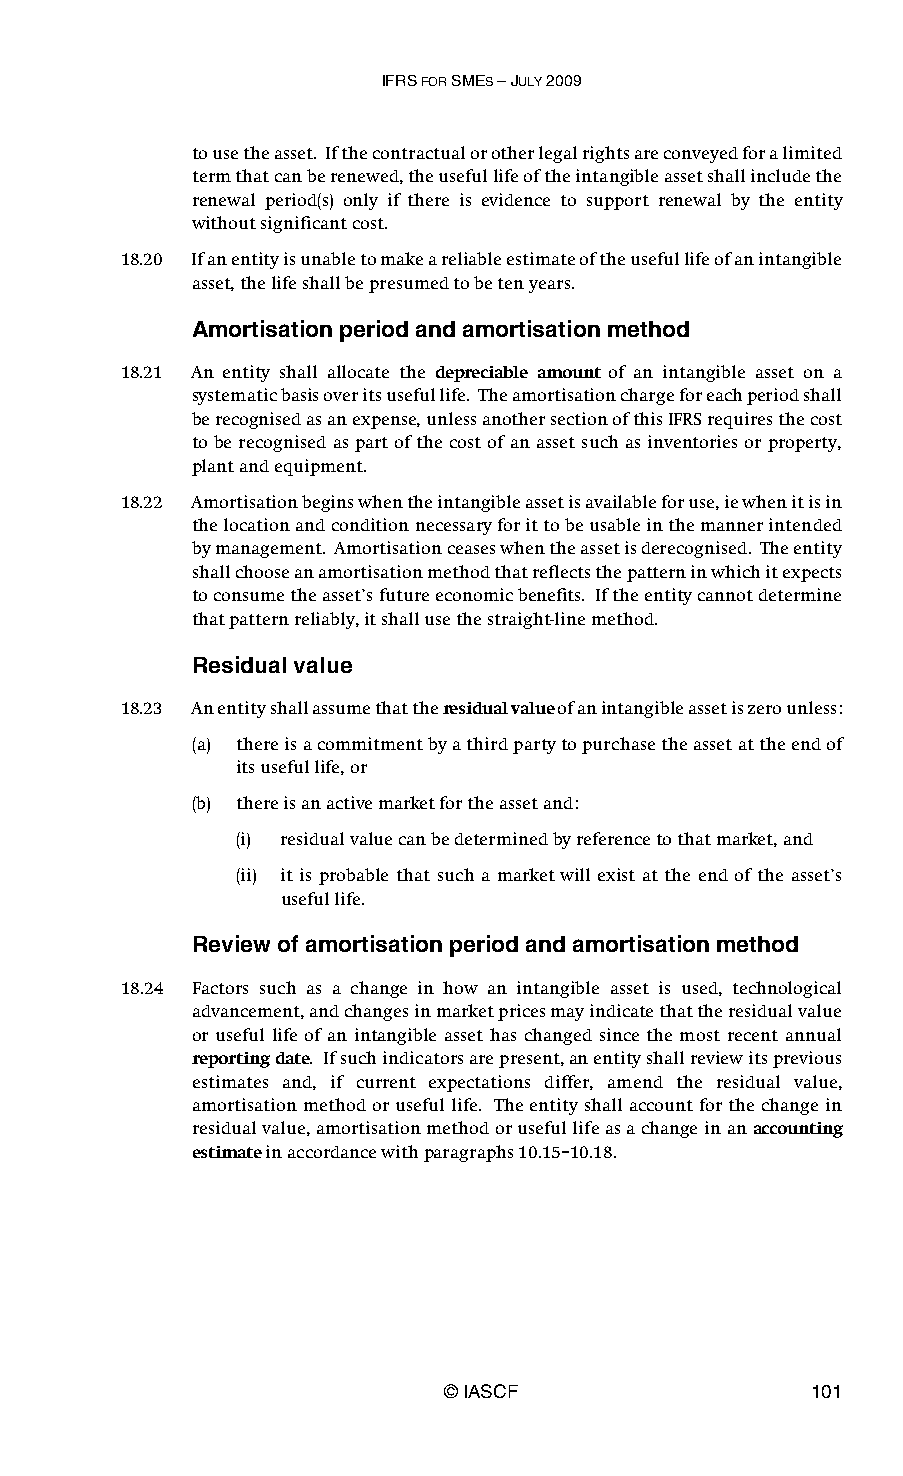
IFRS FOR SMES – JULY 2009
 to use the asset. If the contractual or other legal rights are conveyed for a limited
 term that can be renewed, the useful life of the intangible asset shall include the
 renewal period(s) only if there is evidence to support renewal by the entity
 without significant cost.
 18.20 If an entity is unable to make a reliable estimate of the useful life of an intangible
 asset, the life shall be presumed to be ten years.
 Amortisation period and amortisation method
 18.21 An entity shall allocate the depreciable amount of an intangible asset on a
 systematic basis over its useful life. The amortisation charge for each period shall
 be recognised as an expense, unless another section of this IFRS requires the cost
 to be recognised as part of the cost of an asset such as inventories or property,
 plant and equipment.
 18.22 Amortisation begins when the intangible asset is available for use, ie when it is in
 the location and condition necessary for it to be usable in the manner intended
 by management. Amortisation ceases when the asset is derecognised. The entity
 shall choose an amortisation method that reflects the pattern in which it expects
 to consume the asset’s future economic benefits. If the entity cannot determine
 that pattern reliably, it shall use the straight-line method.
 Residual value
 18.23 An entity shall assume that the residual value of an intangible asset is zero unless:
 (a) there is a commitment by a third party to purchase the asset at the end of
 its useful life, or
 (b) there is an active market for the asset and:
 (i) residual value can be determined by reference to that market, and
 (ii) it is probable that such a market will exist at the end of the asset’s
 useful life.
 Review of amortisation period and amortisation method
 18.24 Factors such as a change in how an intangible asset is used, technological
 advancement, and changes in market prices may indicate that the residual value
 or useful life of an intangible asset has changed since the most recent annual
 reporting date. If such indicators are present, an entity shall review its previous
 estimates and, if current expectations differ, amend the residual value,
 amortisation method or useful life. The entity shall account for the change in
 residual value, amortisation method or useful life as a change in an accounting
 estimate in accordance with paragraphs 10.15–10.18.
 © IASCF                 101